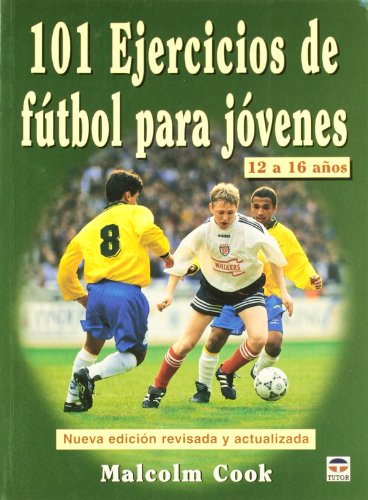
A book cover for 101 Ejercicios De Futbol Para Jovenes De 12 a 16 Anos/ 101 Youth Soccer Drills. Age 12 to 16 (Spanish Edition); Malcolm Cook; Teen & Young Adult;